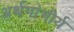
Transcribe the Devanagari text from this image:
अर्थगांभीर्य